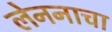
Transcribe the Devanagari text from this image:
लेननाचा